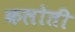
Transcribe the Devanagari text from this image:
कलोती